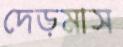
দেড়মাস